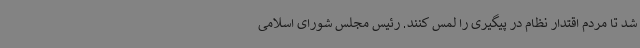
شد تا مردم اقتدار نظام در پیگیری را لمس کنند. رئیس مجلس شورای اسلامی